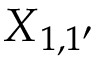
X { _ { 1 , 1 ^ { \prime } } }